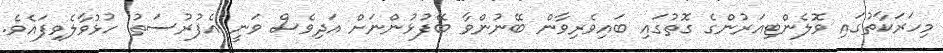
މިހަރަކާތުގައި ވޮލެންޓިއަރުންގެ ގޮތުގައި ބައިވެރިވާން ބޭނުންވާ ބޭފުޅުންނަށް އަދިވެސް ވަނީ އެފުރުސަތު ހުޅުވާލެވިފައެވެ.